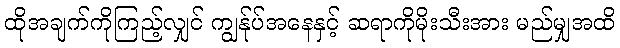
ထိုအချက်ကိုကြည့်လျှင် ကျွန်ုပ်အနေနှင့် ဆရာကိုမိုးသီးအား မည်မျှအထိ